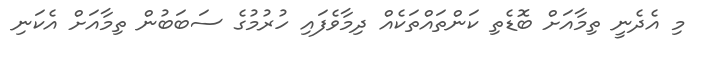
މި އެދެނީ ތިމާއަށް ބޮޑެތި ކަންތައްތަކެއް ދިމާވެފައި ހުރުމުގެ ސަބަބުން ތިމާއަށް އެކަނި